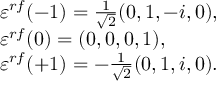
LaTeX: \begin{array} { l } { { \varepsilon ^ { r f } ( - 1 ) = \frac { 1 } { \sqrt { 2 } } ( 0 , 1 , - i , 0 ) , } } \\ { { \varepsilon ^ { r f } ( 0 ) = ( 0 , 0 , 0 , 1 ) , } } \\ { { \varepsilon ^ { r f } ( + 1 ) = - \frac { 1 } { \sqrt { 2 } } ( 0 , 1 , i , 0 ) . } } \end{array}